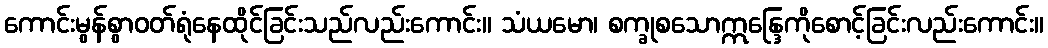
ကောင်းမွန်စွာဝတ်ရုံနေထိုင်ခြင်းသည်လည်းကောင်း။ သံယမော၊ စက္ခုစသောဣန္ဒြေကိုစောင့်ခြင်းလည်းကောင်း။